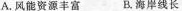
A.风能资源丰富 B.海岸线长